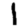
Digit: 1